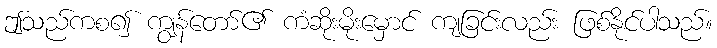
ဤသည်ကစ၍ ကျွန်တော်၏ ကံဆိုးမိုးမှောင် ကျခြင်းလည်း ဖြစ်နိုင်ပါသည်။